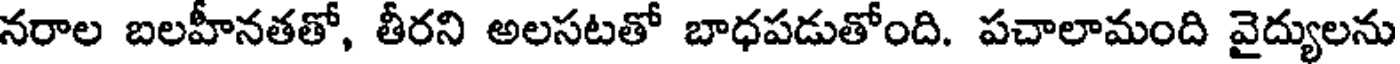
నరాల బలహీనతతో, తీరని అలసటతో బాధపడుతోంది. పచాలామంది వైద్యులను